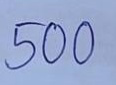
500